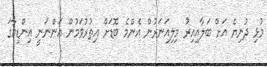
މުޅި ދުނިޔެ އަށް ބަލާއިއިރު މިިލިއަނަރުން އެންމެ ބޮޑަށް އިތުރުވަމުން އަންނަނީ އިންޑިއާގަ